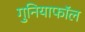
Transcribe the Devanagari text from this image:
गुनियाफॉल